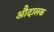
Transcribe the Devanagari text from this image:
औदालक